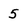
Character: 5